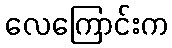
လေကြောင်းက